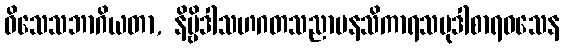
ဝိသေသဘာဂိယတာ, နိဗ္ဗိဒါသဟဂတသညာမနသိကာရသမုဒါစာရဝသေန